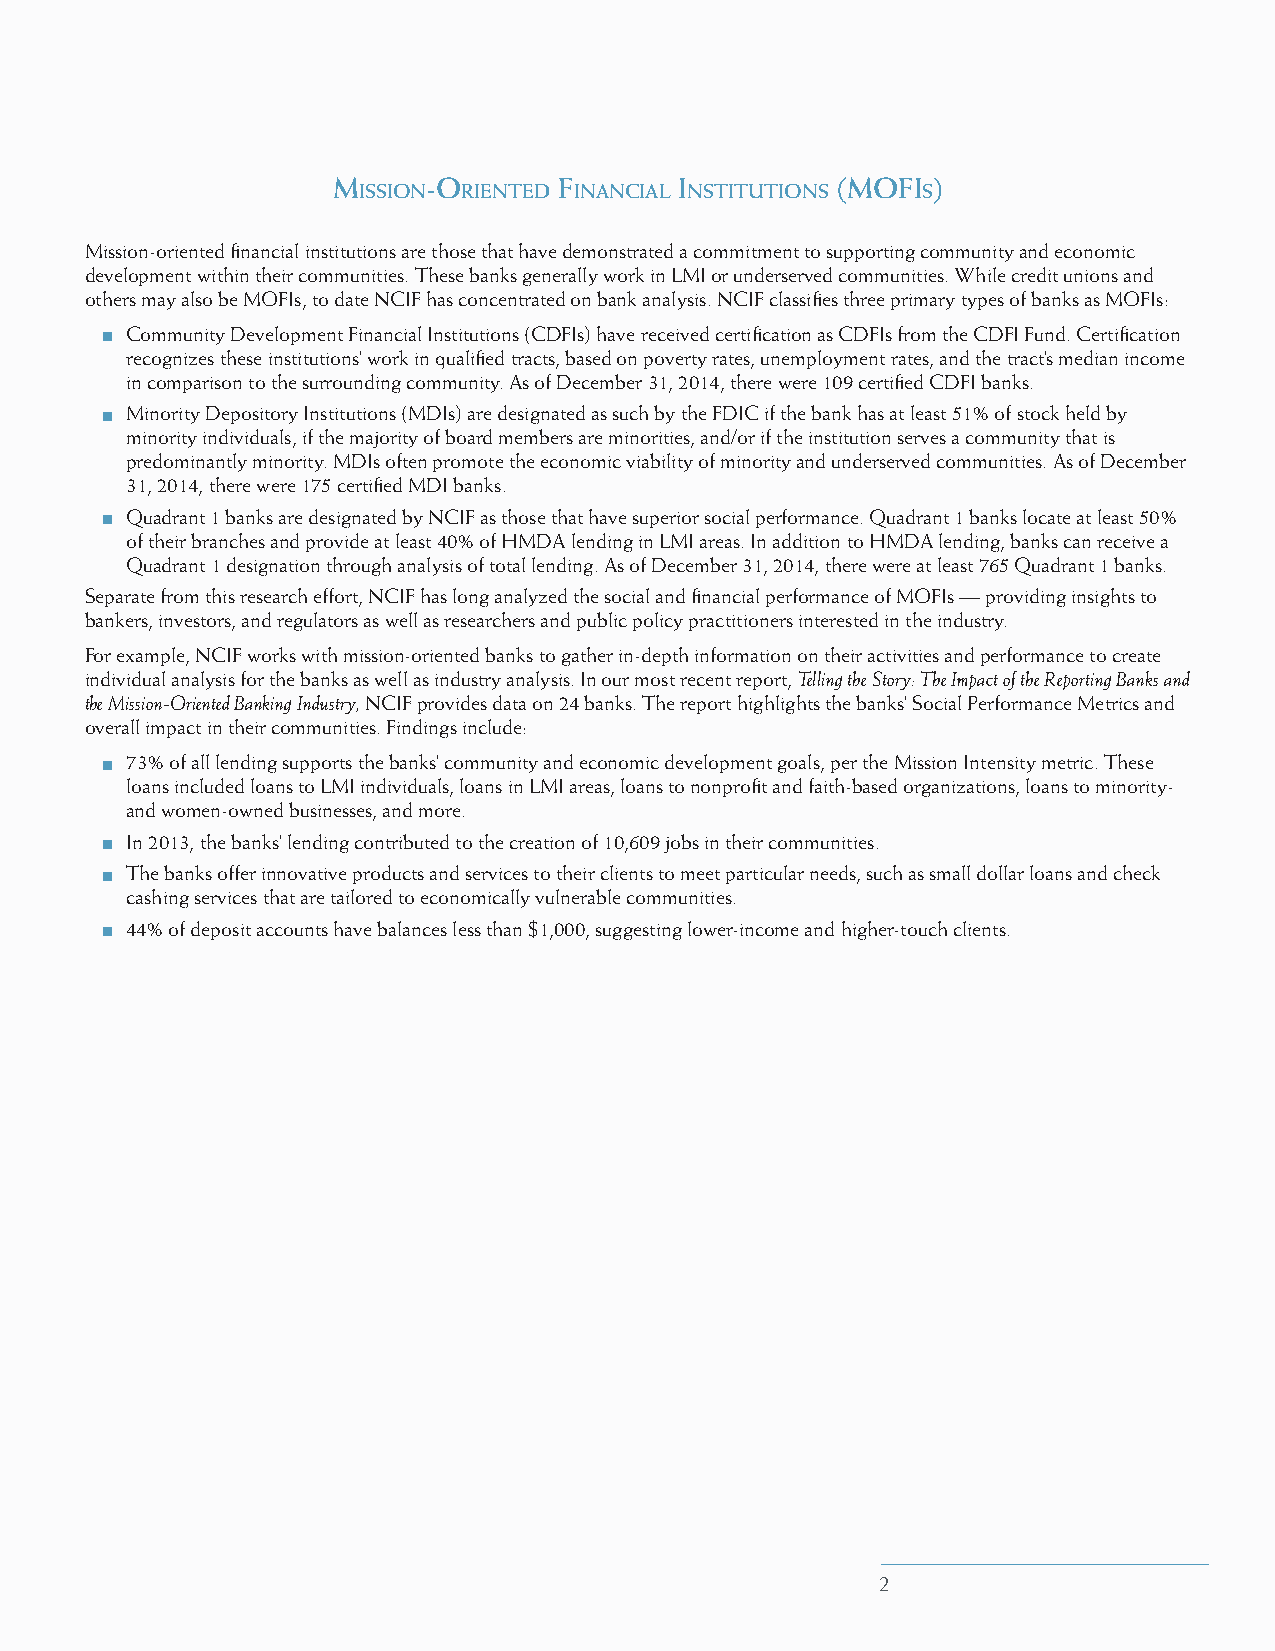
m     -o       f       I         (mofI  )
 IssIon rIenTed InancIal nsTITuTIons  s
 Mission-oriented financial institutions are those that have demonstrated a commitment to supporting community and economic
 development within their communities. These banks generally work in LMI or underserved communities. While credit unions and
 others may also be MOFIs, to date NCIF has concentrated on bank analysis. NCIF classifies three primary types of banks as MOFIs:
 Community Development Financial Institutions (CDFIs) have received certification as CDFIs from the CDFI Fund. Certification
 recognizes these institutions’ work in qualified tracts, based on poverty rates, unemployment rates, and the tract’s median income
 in comparison to the surrounding community. As of December 31, 2014, there were 109 certified CDFI banks.
 Minority Depository Institutions (MDIs) are designated as such by the FDIC if the bank has at least 51% of stock held by
 minority individuals, if the majority of board members are minorities, and/or if the institution serves a community that is
 predominantly minority. MDIs often promote the economic viability of minority and underserved communities. As of December
 31, 2014, there were 175 certified MDI banks.
 Quadrant 1 banks are designated by NCIF as those that have superior social performance. Quadrant 1 banks locate at least 50%
 of their branches and provide at least 40% of HMDA lending in LMI areas. In addition to HMDA lending, banks can receive a
 Quadrant 1 designation through analysis of total lending. As of December 31, 2014, there were at least 765 Quadrant 1 banks.
 Separate from this research effort, NCIF has long analyzed the social and financial performance of MOFIs — providing insights to
 bankers, investors, and regulators as well as researchers and public policy practitioners interested in the industry.
 For example, NCIF works with mission-oriented banks to gather in-depth information on their activities and performance to create
 individual analysis for the banks as well as industry analysis. In our most recent report, Telling the Story: The Impact of the Reporting Banks and
 the Mission-Oriented Banking Industry, NCIF provides data on 24 banks. The report highlights the banks’ Social Performance Metrics and
 overall impact in their communities. Findings include:
 73% of all lending supports the banks’ community and economic development goals, per the Mission Intensity metric. These
 loans included loans to LMI individuals, loans in LMI areas, loans to nonprofit and faith-based organizations, loans to minority-
 and women-owned businesses, and more.
 In 2013, the banks’ lending contributed to the creation of 10,609 jobs in their communities.
 The banks offer innovative products and services to their clients to meet particular needs, such as small dollar loans and check
 cashing services that are tailored to economically vulnerable communities.
 44% of deposit accounts have balances less than $1,000, suggesting lower-income and higher-touch clients.
 2